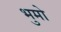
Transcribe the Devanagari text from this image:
भुमो